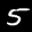
Label: 5